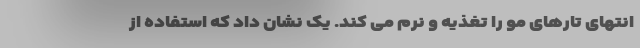
انتهای تارهای مو را تغذیه و نرم می کند. یک نشان داد که استفاده از